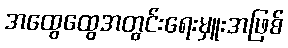
အထွေထွေအတွင်းရေးမှူးအဖြစ်